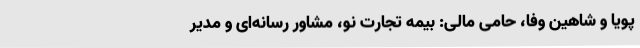
پویا و شاهین وفا، حامی مالی: بیمه تجارت نو، مشاور رسانه‌ای و مدیر